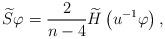
LaTeX: \begin{align*}\widetilde{S}\varphi =\frac{2}{n-4}\widetilde{H}\left( u^{-1}\varphi \right), \end{align*}